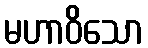
မဟာဝိသော